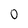
Character: O